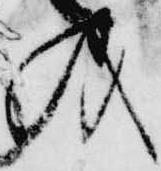
義